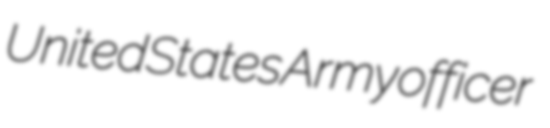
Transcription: United States Army officer